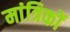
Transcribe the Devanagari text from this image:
मांत्रिकों